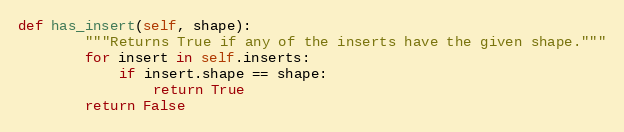
Language: Python
def has_insert(self, shape):
        """Returns True if any of the inserts have the given shape."""
        for insert in self.inserts:
            if insert.shape == shape:
                return True
        return False